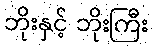
ဘိုးနှင့် ဘိုးကြီး